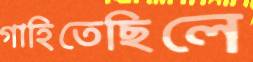
গাহিতেছিলে